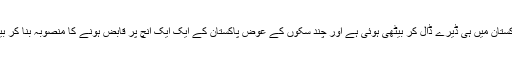
آئی ایم ایم کی ٹیم پاکستان میں ہی ڈیرے ڈال کر بیٹھی ہوئی ہے اور چند سکوں کے عوض پاکستان کے ایک ایک انچ پر قابض ہونے کا منصوبہ بنا کر بیٹھی نظر آ رہی ہے۔